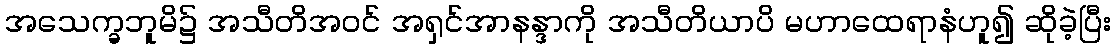
အသေက္ခဘူမိ၌ အသီတိအဝင် အရှင်အာနန္ဒာကို အသီတိယာပိ မဟာထေရာနံဟူ၍ ဆိုခဲ့ပြီး